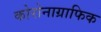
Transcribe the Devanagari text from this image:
कोरोनाग्राफिक